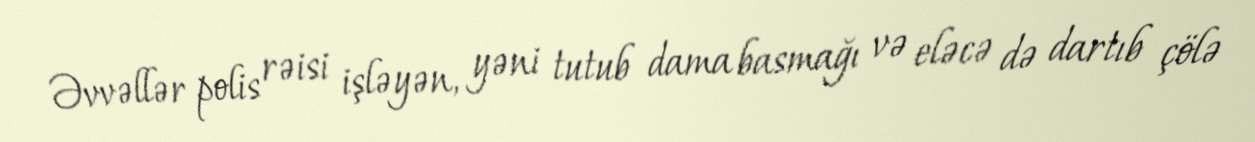
Əvvəllər polis rəisi işləyən, yəni tutub dama basmağı və eləcə də dartıb çölə